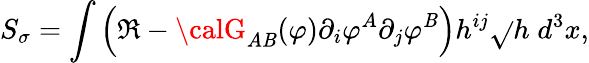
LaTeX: S_{\sigma}=\int\left(\Re-{\calG}_{A\mathit{B}}(\varphi)\partial_{i}\varphi^{A}\partial_{j}\varphi^{\mathit{B}}\right)h^{ij}\sqrt{}{{h}}\; d^{3}x,